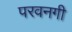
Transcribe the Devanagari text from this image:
परवनगी